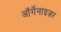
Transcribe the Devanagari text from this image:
ऑर्गेनाइज़र